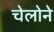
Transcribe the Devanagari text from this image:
चेलोने